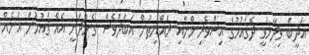
އަދީބް ވިދާޅުވީ ދެޤައުމުގެ އިސްވެރިންނާއި ރައްޔިތުން އަބަދުވެސް ގެންދަނީ އެއް ޤައުމުން އަނެއް